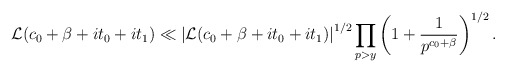
\begin{align*}&\mathcal{L}(c_0+\beta+it_0+it_1) \ll \left|\mathcal{L}(c_0+\beta+it_0+it_1)\right|^{1/2} \prod_{\substack{p > y}} \left(1+\frac{1}{p^{c_0 + \beta}}\right)^{1/2}.\end{align*}